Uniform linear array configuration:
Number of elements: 12
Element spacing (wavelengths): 0.5
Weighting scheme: blackman
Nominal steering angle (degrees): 15
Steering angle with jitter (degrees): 13.728
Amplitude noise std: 0.05
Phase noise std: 0.05

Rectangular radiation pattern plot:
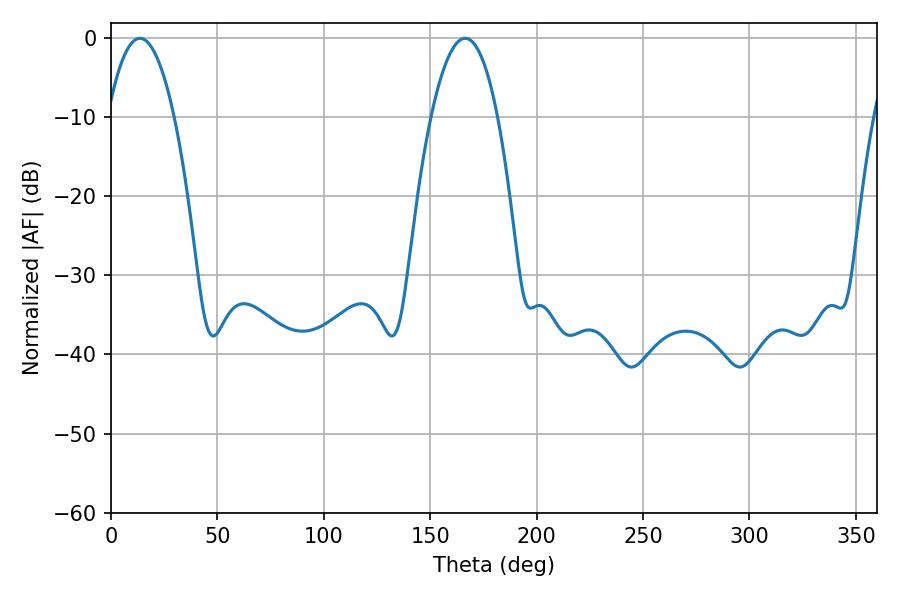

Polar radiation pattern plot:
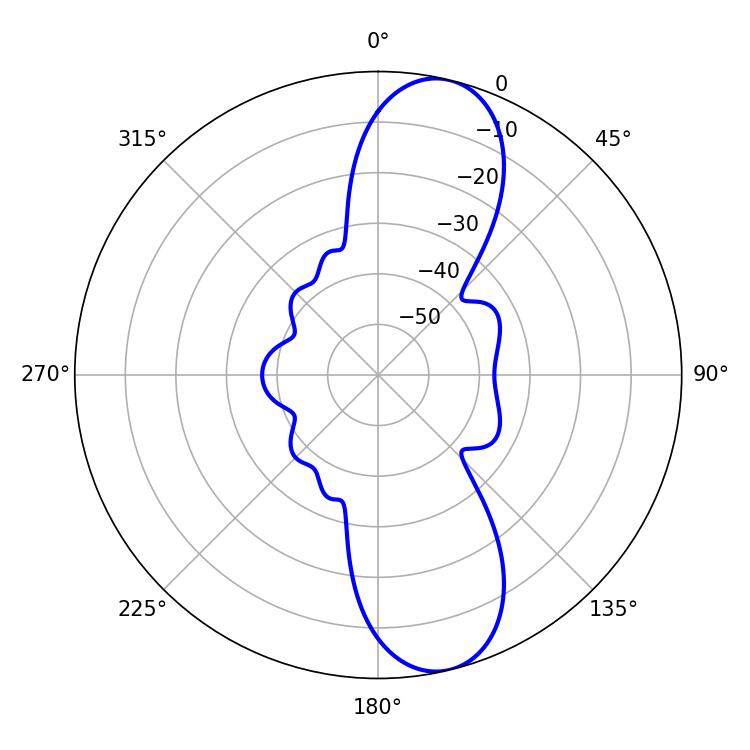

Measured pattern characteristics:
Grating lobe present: FALSE
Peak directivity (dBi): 11.157
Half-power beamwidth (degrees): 17.28
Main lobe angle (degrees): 13.68